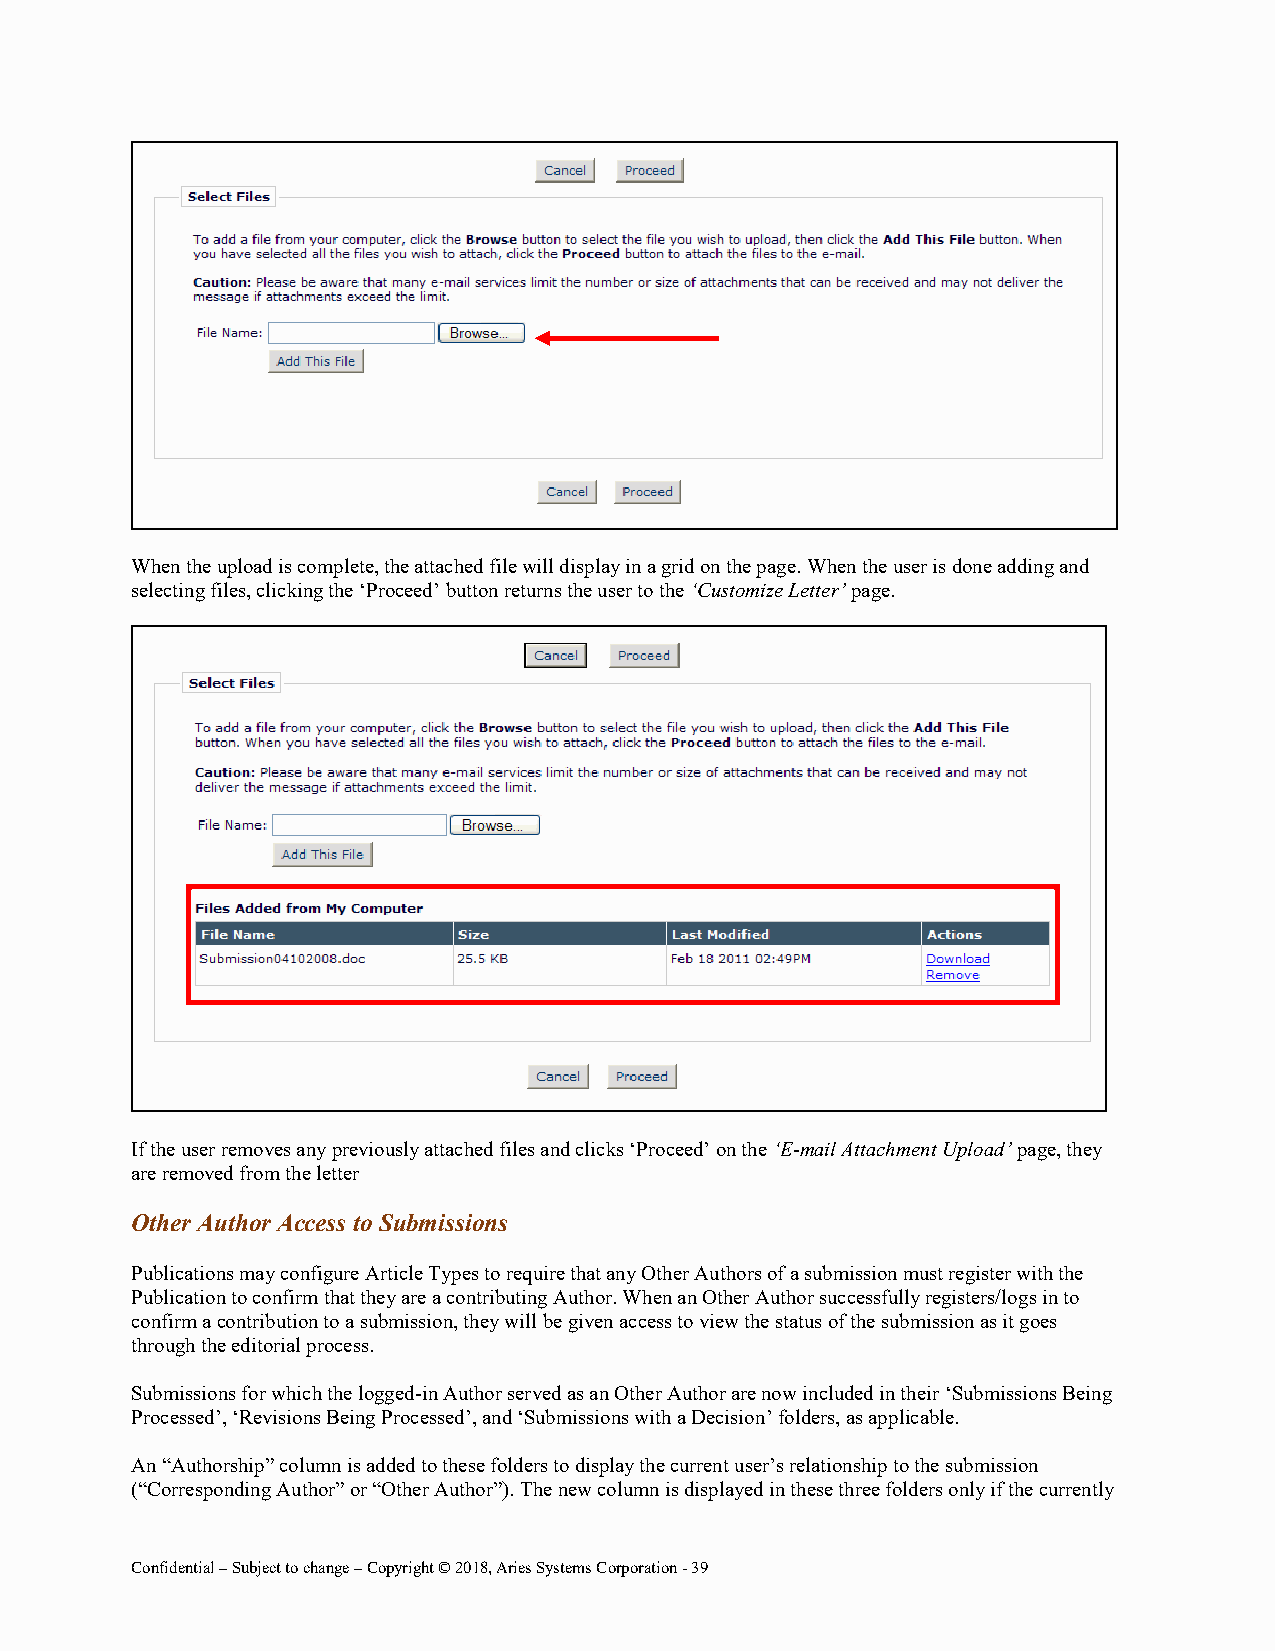
When the upload is complete, the attached file will display in a grid on the page. When the user is done adding and
 selecting files, clicking the ‘Proceed’ button returns the user to the ‘Customize Letter’ page.
 If the user removes any previously attached files and clicks ‘Proceed’ on the ‘E-mail Attachment Upload’ page, they
 are removed from the letter
 Other Author Access to Submissions
 Publications may configure Article Types to require that any Other Authors of a submission must register with the
 Publication to confirm that they are a contributing Author. When an Other Author successfully registers/logs in to
 confirm a contribution to a submission, they will be given access to view the status of the submission as it goes
 through the editorial process.
 Submissions for which the logged-in Author served as an Other Author are now included in their ‘Submissions Being
 Processed’, ‘Revisions Being Processed’, and ‘Submissions with a Decision’ folders, as applicable.
 An “Authorship” column is added to these folders to display the current user’s relationship to the submission
 (“Corresponding Author” or “Other Author”). The new column is displayed in these three folders only if the currently
 Confidential – Subject to change – Copyright © 2018, Aries Systems Corporation - 39